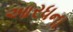
આરધના